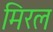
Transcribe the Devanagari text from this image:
मिरल